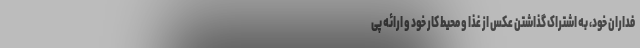
فداران خود، به اشتراک گذاشتن عکس از غذا و محیط کار خود و ارائه پی